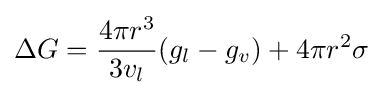
\Delta G={\frac {4\pi r^{3}}{3v_{l}}}(g_{l}-g_{v})+4\pi r^{2}\sigma